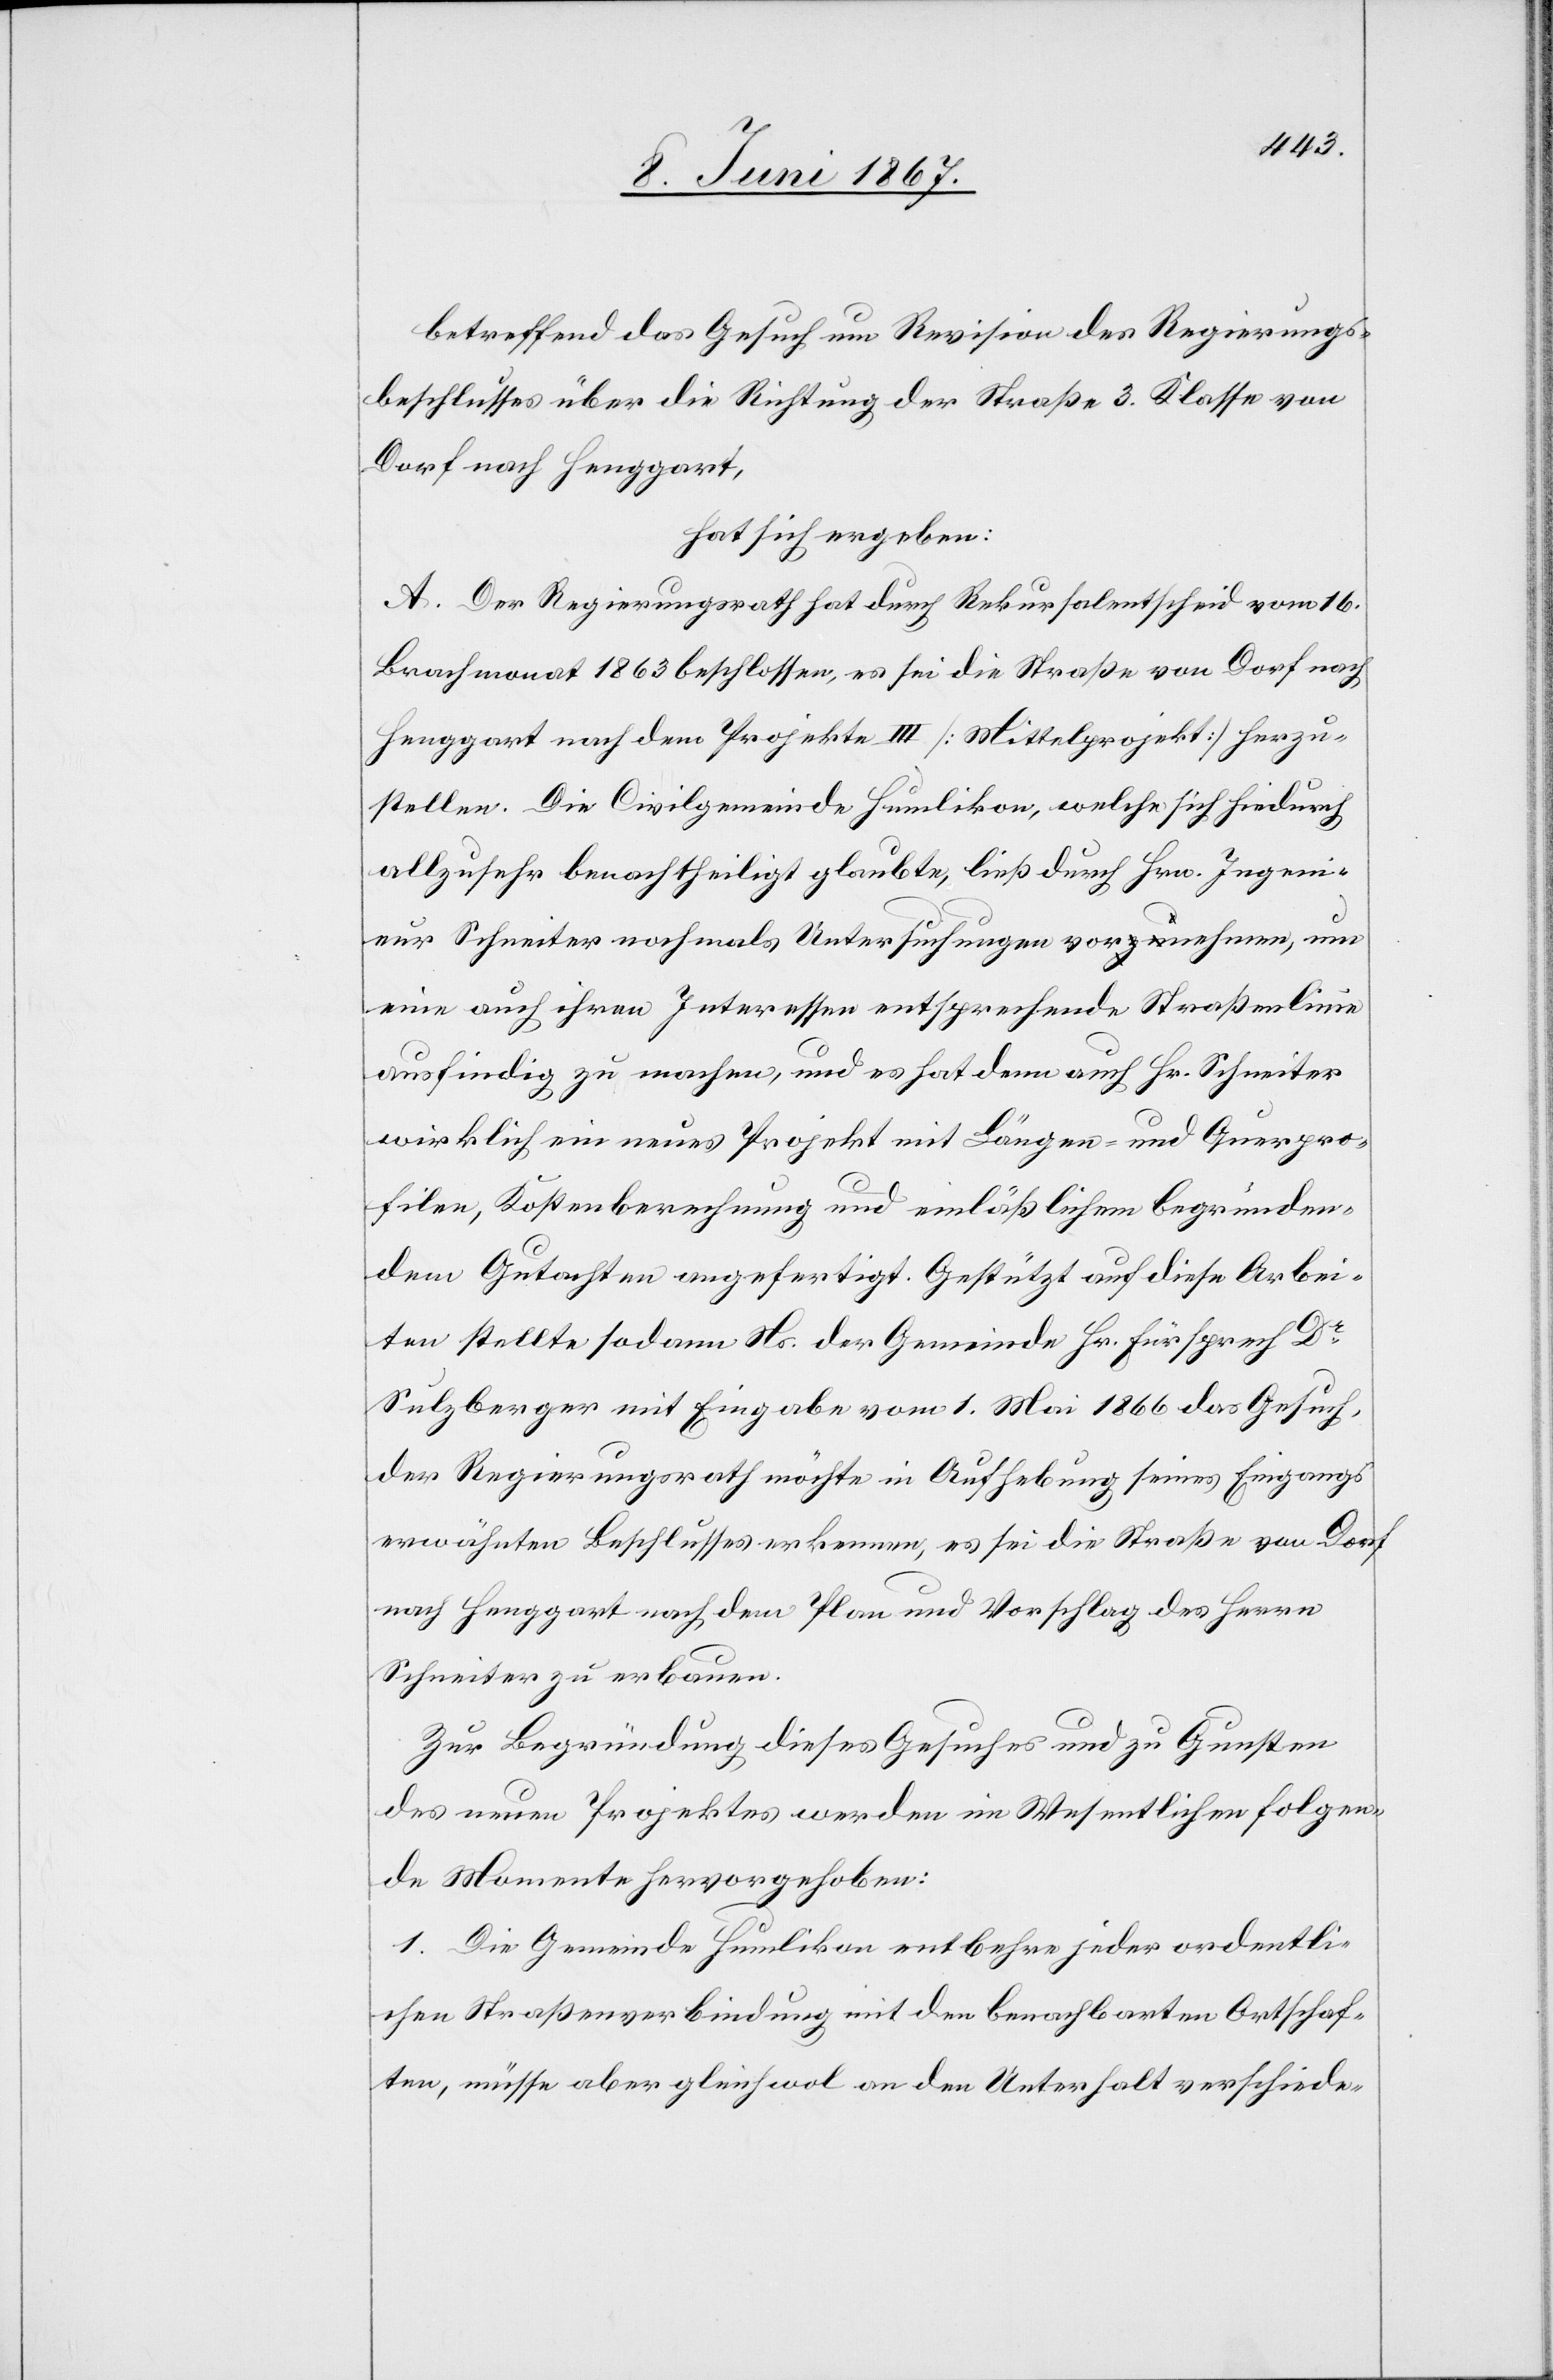
betreffend das Gesuch um Revision des Regierungs¬
beschlusses über die Richtung der Straße 3. Klasse von
Dorf nach Henggart,
hat sich ergeben:
A. Der Regierungsrath hat durch Rekursalentscheid vom 16.
Brachmonat 1863 beschlossen, es sei die Straße von Dorf nach
Henggart nach dem Projekte III [Mittelprojekt] herzu¬
stellen. Die Civilgemeinde Humlikon, welche sich hiedurch
allzusehr benachtheiligt glaubte, ließ durch Hrn. Ingeni¬
eur Schneiter nochmals Untersuchungen vornehmen, um
eine auch ihren Interessen entsprechende Straßenlinie
ausfindig zu machen, und es hat denn auch Hr. Schneiter
wirklich ein neues Projekt mit Längen- und Querpro¬
filen, Kostenberechnung und einläßlichem begründen¬
dem Gutachten angefertigt. Gestützt auf diese Arbei¬
ten stellte sodann Ns. der Gemeinde Hr. Fürsprech Dr.
Sulzberger mit Eingabe vom 1. Mai 1866 das Gesuch,
der Regierungsrath möchte in Aufhebung seines Eingangs
erwähnten Beschlusses erkennen, es sei die Straße von Dorf
nach Henggart nach dem Plan und Vorschlag des Herrn
Schneiter zu erbauen.
Zur Begründung dieses Gesuches und zu Gunsten
des neuen Projektes werden im Wesentlichen folgen¬
de Momente hervorgehoben:
1. Die Gemeinde Humlikon entbehre jeder ordentli¬
chen Straßenverbindung mit den benachbarten Ortschaf¬
ten, müsse aber gleichwol an den Unterhalt verschiede-